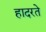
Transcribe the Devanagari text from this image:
हादरते